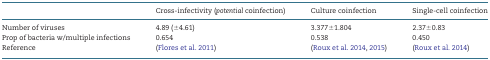
|  | Cross-infectivity (potential coinfection) | Culture coinfection | Single-cell coinfection |
 | --- | --- | --- | --- |
 | Number of viruses | 4.89 (±4.61) | 3.377±1.804 | 2.37±0.83 |
 | Prop of bacteria w/multiple infections | 0.654 | 0.538 | 0.450 |
 | Reference | (Flores et al. 2011) | (Roux et al. 2014, 2015) | (Roux et al. 2014) |